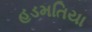
હડમતિયા